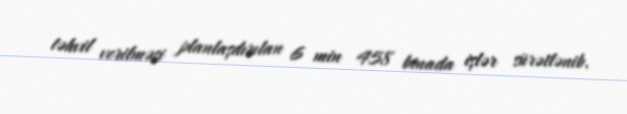
təhvil verilməsi planlaşdırılan 6 min 458 binada işlər sürətlənib.